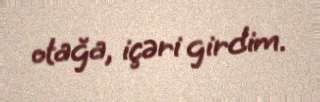
otağa, içəri girdim.